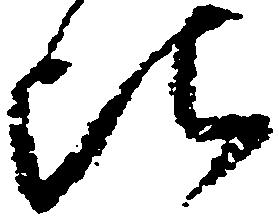
比